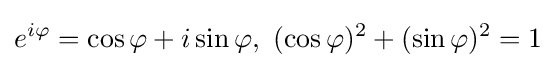
e^{i\varphi }=\cos \varphi +i\sin \varphi ,\ (\cos \varphi )^{2}+(\sin \varphi )^{2}=1